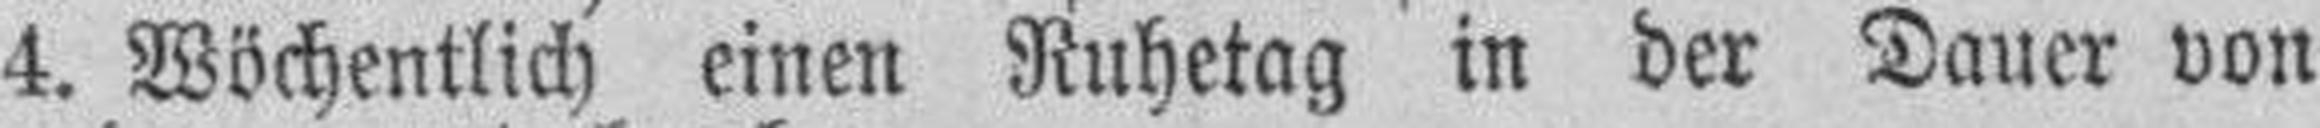
4. Wöchentlich einen Ruhetag in der Dauer von